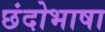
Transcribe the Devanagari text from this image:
छंदोभाषा